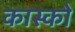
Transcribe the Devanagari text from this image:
कास्को